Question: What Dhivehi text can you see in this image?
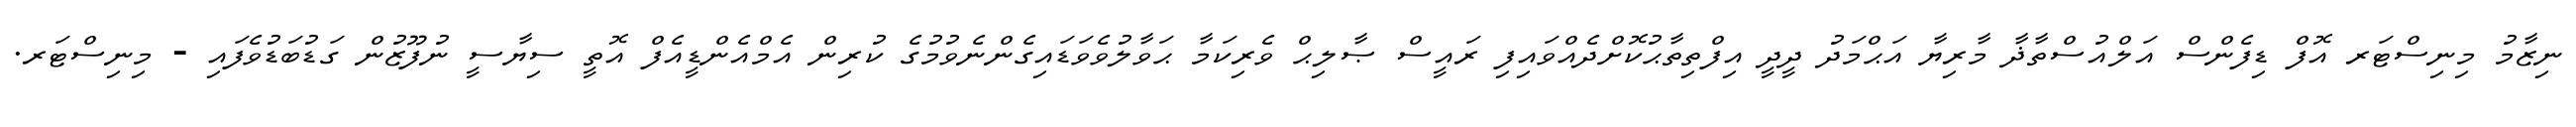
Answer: ނިޒާމު މިނިސްޓަރ އޮފް ޑިފެންސް އަލްއުސްތާޛާ މާރިޔާ އަޙްމަދު ދީދީ އިފްތިތާޙުކޮށްދެއްވައިފި ރައީސް ޞާލިޙް ވެރިކަމާ ޙަވާލުވެވަޑައިގެންނެވުމުގެ ކުރިން އެމްއެންޑީއެފް އޮތީ ސިޔާސީ ނުފޫޒުން ގަޑުބަޑުވެފައި - މިނިސްޓަރ.